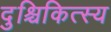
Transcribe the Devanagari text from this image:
दुश्चिकित्स्य